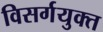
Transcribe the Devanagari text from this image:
विसर्गयुक्त